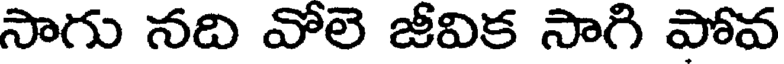
సాగు నది వోలె జీవిక సాగి పోవ